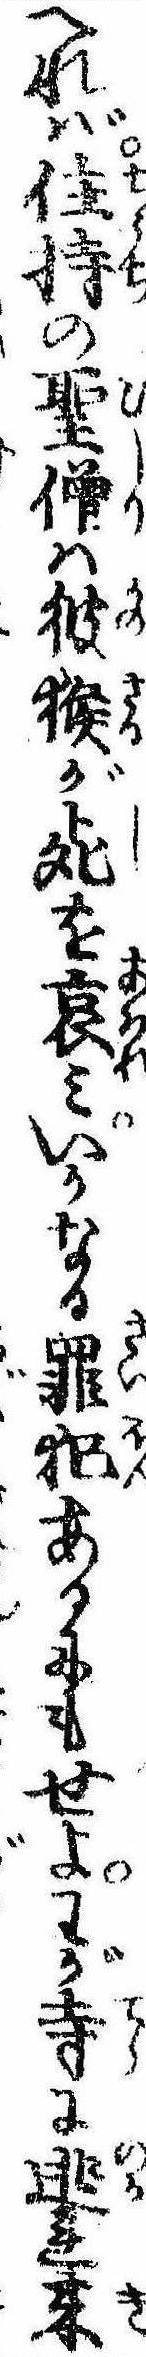
へれば住持の聖僧は彼猴が死を哀みいかなる罪犯あるにもせよわが寺に逃れ来